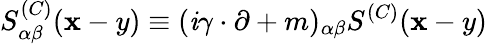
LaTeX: S_{\alpha\beta}^{(C)}(\mathbf{x}-y)\equiv(\mathit{i}\gamma\cdot\partial+m)_{\alpha\beta}S^{(C)}(\mathbf{x}-y)